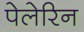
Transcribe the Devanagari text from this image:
पेलेरिन